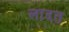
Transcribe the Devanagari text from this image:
लादत